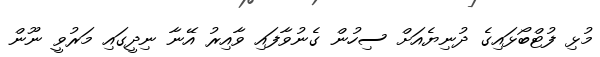
މުޅި ފުޓްބޯޅައިގެ ދުނިޔެއަށް ސިހުން ގެނުވާފައި ވާއިރު އޭނާ ނިދީގައި މަރުވީ ނޫން